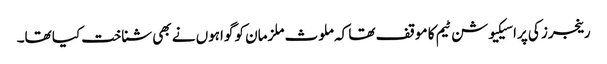
رینجرز کی پراسیکیوشن ٹیم کا موقف تھا کہ ملوث ملزمان کو گواہوں نے بھی شناخت کیا تھا۔